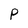
Character: P